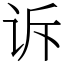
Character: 诉